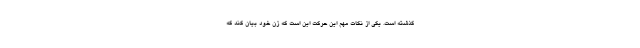
گذشته است. یکی از نکات مهم این حرکت این است که زن خود بیان کند که